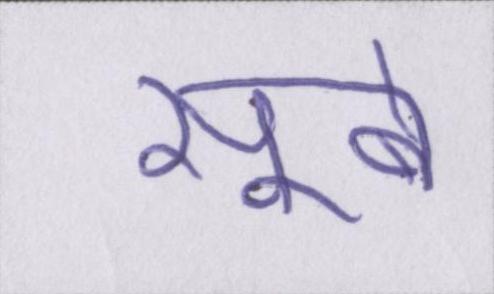
सूबे